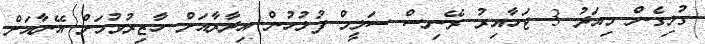
ގުޅިގެން މިއަދު 3 ޖަހާއިރު ރޭނިސް ސަލީމް ފުލުހުން އިދާރާއަށް ހާޒިރުވުމަށް އޭނާއަށް